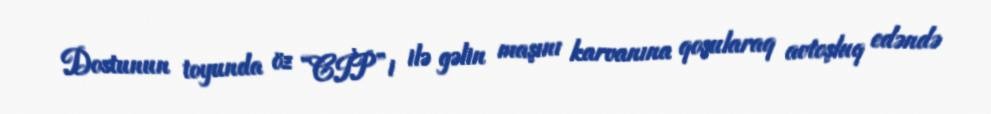
Dostunun toyunda öz “CİP”i ilə gəlin maşını karvanına qoşularaq avtoşluq edəndə